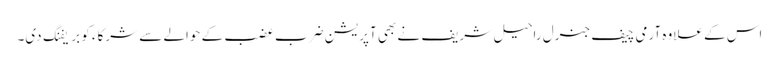
اس کے علاوہ آرمی چیف جنرل راحیل شریف نے بھی آپریشن ضرب عضب کے حوالے سے شرکاء کو بریفنگ دی۔